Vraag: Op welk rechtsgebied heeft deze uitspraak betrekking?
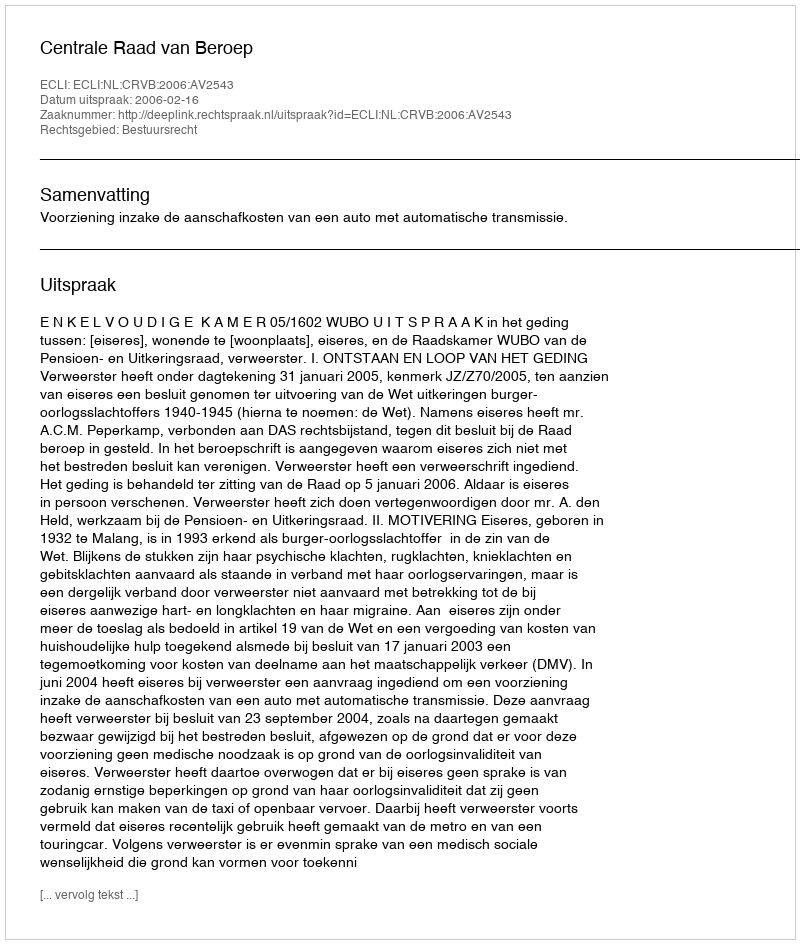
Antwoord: Bestuursrecht